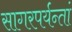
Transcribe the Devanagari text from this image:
सागरपर्यन्तां